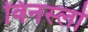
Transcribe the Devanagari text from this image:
विनस्‍लो